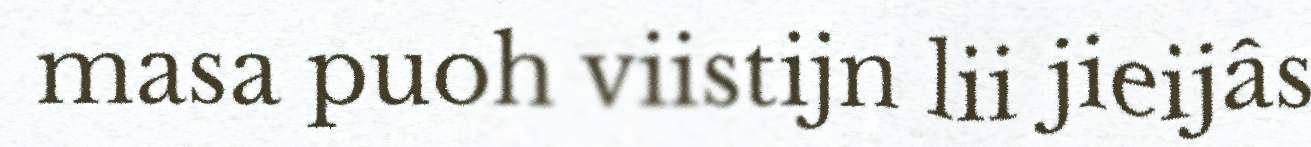
masa puoh viistijn lii jieijâs